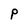
Character: p